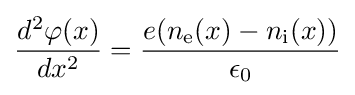
{\frac {d^{2}\varphi (x)}{dx^{2}}}={\frac {e(n_{\mathrm {e} }(x)-n_{\mathrm {i} }(x))}{\epsilon _{0}}}